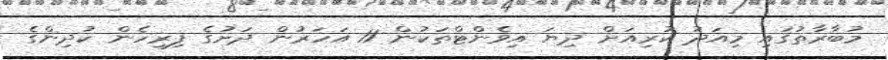
މުބާރާތުގައި މިއަދު ކުރިއަށް ދިޔަ އިވެންޓްތަކުން 11 އަހަރުން ދަށުގެ ފިރިހެން ކުދިންގެ